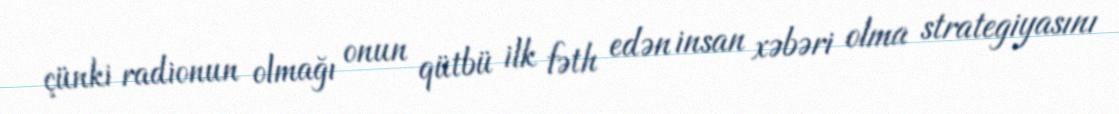
çünki radionun olmağı onun qütbü ilk fəth edən insan xəbəri olma strategiyasını